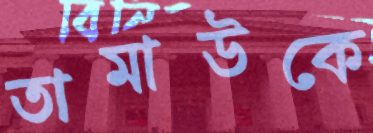
তামাউকে